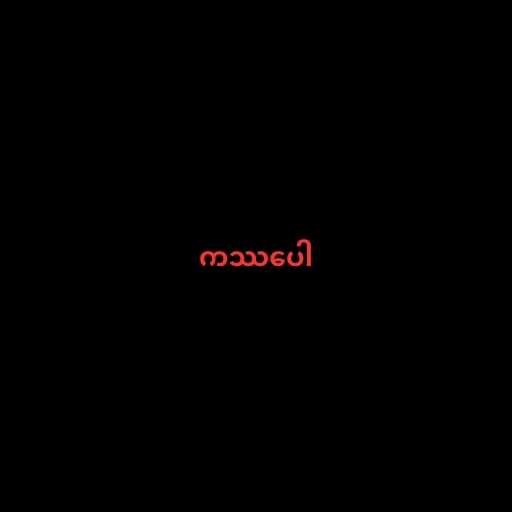
ကဿပေါ